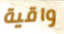
واقية